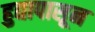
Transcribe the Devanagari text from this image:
हुद्यापासून